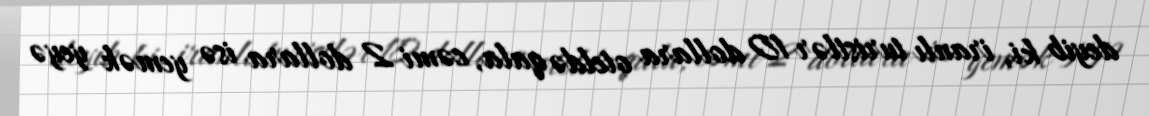
deyib ki, iranlı turistlər 10 dollara oteldə qala, cəmi 2 dollara isə yemək yeyə